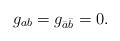
LaTeX: \begin{align*}g_{ab}=g_{\bar{a}\bar{b}}=0.\end{align*}